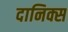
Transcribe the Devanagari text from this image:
दानिक्स